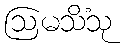
ဩမသိံသု